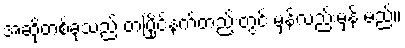
အဆိုတစ်ခုသည် တပြိုင်နက်တည်းတွင် မှန်လည်းမှန် မည်။